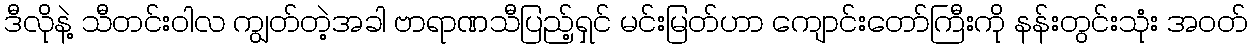
ဒီလိုနဲ့ သီတင်းဝါလ ကျွတ်တဲ့အခါ ဗာရာဏသီပြည့်ရှင် မင်းမြတ်ဟာ ကျောင်းတော်ကြီးကို နန်းတွင်းသုံး အဝတ်